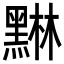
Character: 𮮙